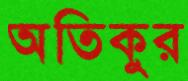
অতিকুর